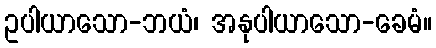
ဥပါယာသော-ဘယံ၊ အနုပါယာသော-ခေမံ။